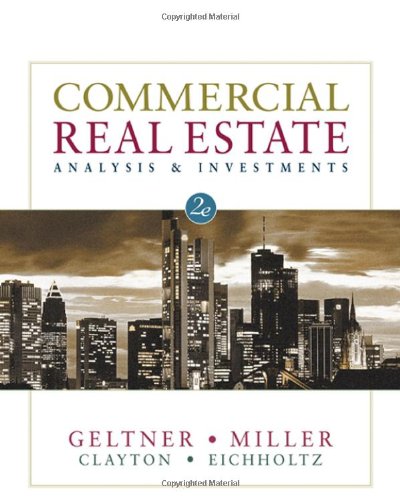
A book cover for Commercial Real Estate Analysis & Investments; David M. Geltner; Business & Money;